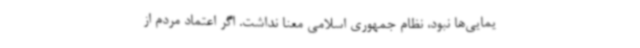
یمایی‌ها نبود، نظام جمهوری‌ اسلامی معنا نداشت. اگر اعتماد مردم از